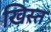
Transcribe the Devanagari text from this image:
खिस्‍त